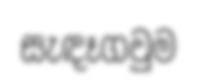
සැඳෑගවුම